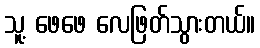
သူ့ ဖေဖေ လေဖြတ်သွားတယ်။